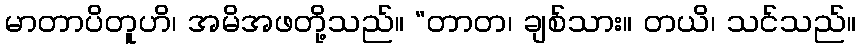
မာတာပိတူဟိ၊ အမိအဖတို့သည်။ “တာတ၊ ချစ်သား။ တယိ၊ သင်သည်။